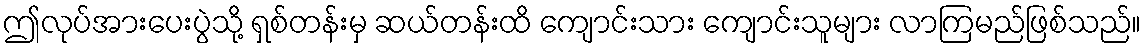
ဤလုပ်အားပေးပွဲသို့ ရှစ်တန်းမှ ဆယ်တန်းထိ ကျောင်းသား ကျောင်းသူများ လာကြမည်ဖြစ်သည်။